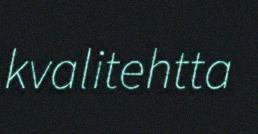
kvalitehtta